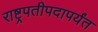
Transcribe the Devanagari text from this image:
राष्ट्रपतीपदापर्यंत